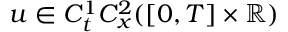
u \in C _ { t } ^ { 1 } C _ { x } ^ { 2 } ( [ 0 , T ] \times \mathbb { R } )